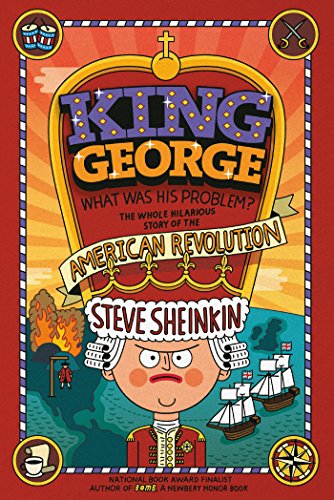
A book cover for King George: What Was His Problem?: Everything Your Schoolbooks Didn't Tell You About the American Revolution; Steve Sheinkin; Children's Books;